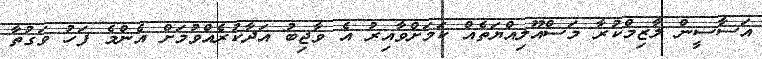
އަސާސީން ލާޒިމްކުރާ މަސްއޫލިއްޔަތެއް ކަމަށްވާއިރު އެ ވާޖިބު އަދާކުރެއްވުމަށް އެންމެ ފަހު ވަގުތާ